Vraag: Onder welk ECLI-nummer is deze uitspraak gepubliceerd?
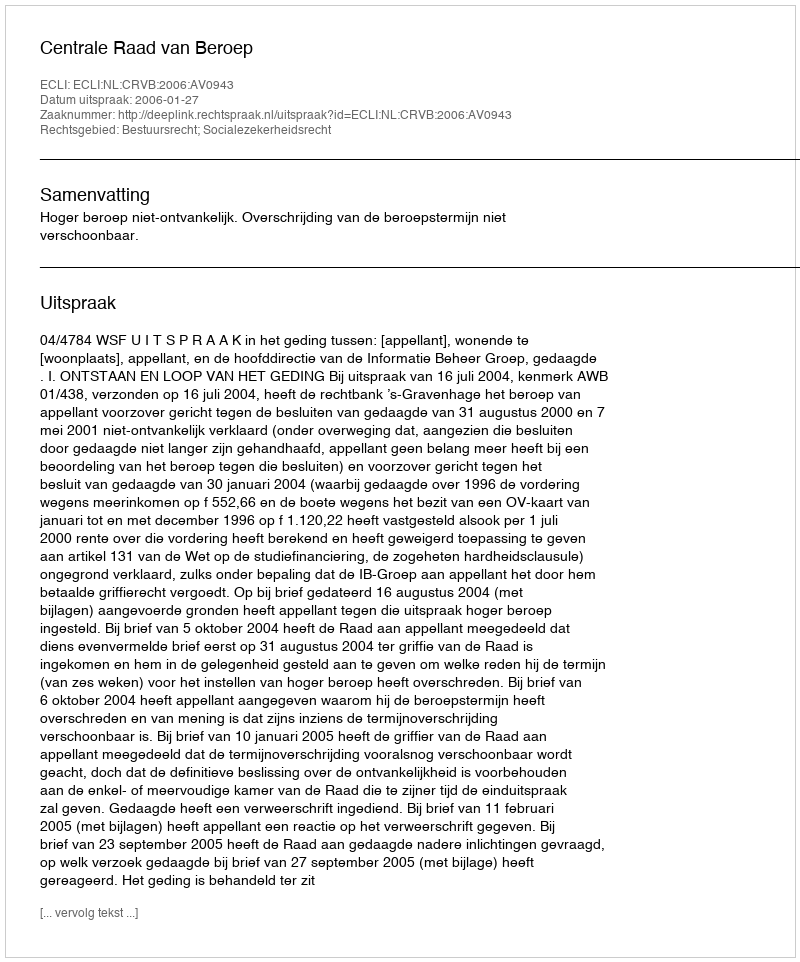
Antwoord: ECLI:NL:CRVB:2006:AV0943